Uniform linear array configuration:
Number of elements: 16
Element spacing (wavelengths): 0.5
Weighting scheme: blackman
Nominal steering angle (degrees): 30
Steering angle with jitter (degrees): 31.111
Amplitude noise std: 0.05
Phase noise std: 0.05

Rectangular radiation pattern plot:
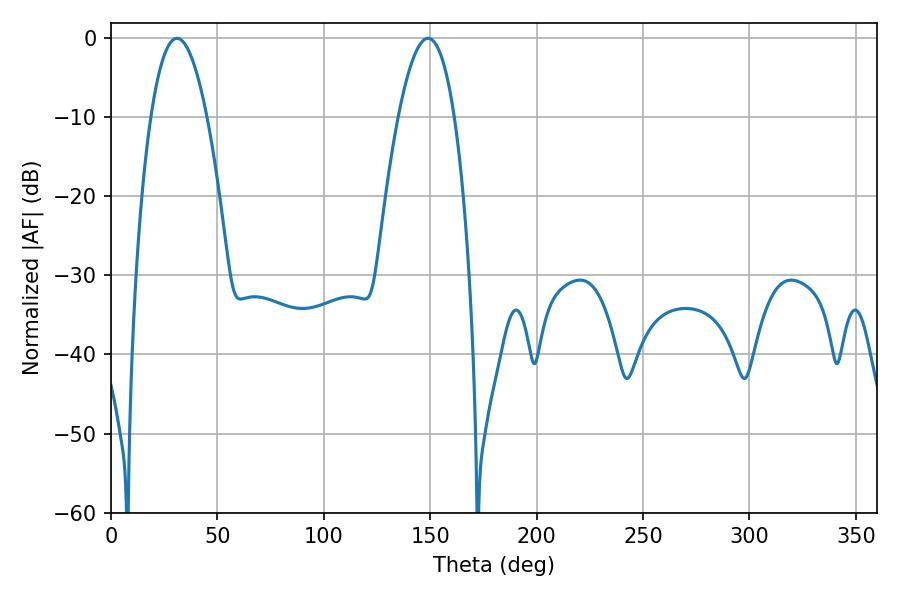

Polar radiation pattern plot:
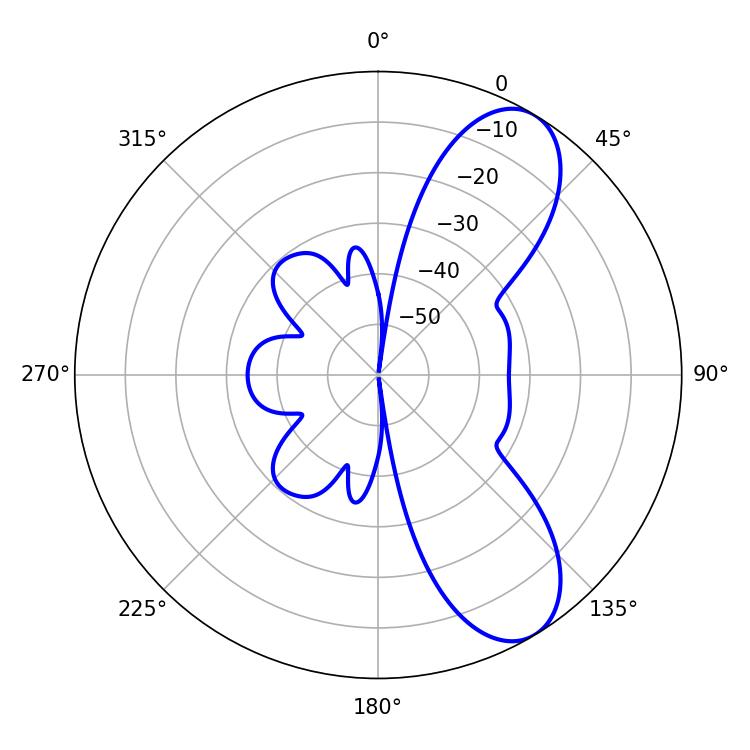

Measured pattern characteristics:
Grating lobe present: FALSE
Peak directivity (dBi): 8.508
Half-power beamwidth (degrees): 14.4
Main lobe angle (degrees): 30.96